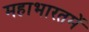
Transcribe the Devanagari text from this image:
महाभारतमें